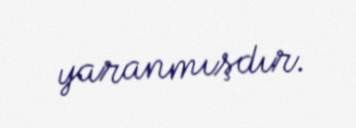
yaranmışdır.